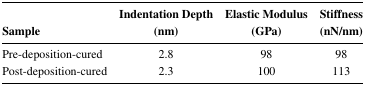
| Sample | Indentation Depth(nm) | Elastic Modulus(GPa) | Stiffness(nN/nm) |
 | --- | --- | --- | --- |
 | Pre-deposition-cured | 2.8 | 98 | 98 |
 | Post-deposition-cured | 2.3 | 100 | 113 |